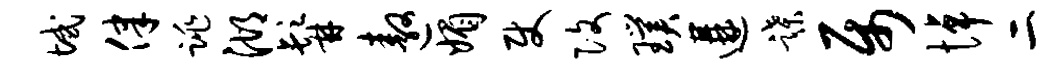
域律跳湖髯遨媚使改璞遘蹀属悼二